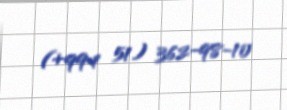
(+994 51) 362-98-10